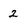
Character: 2